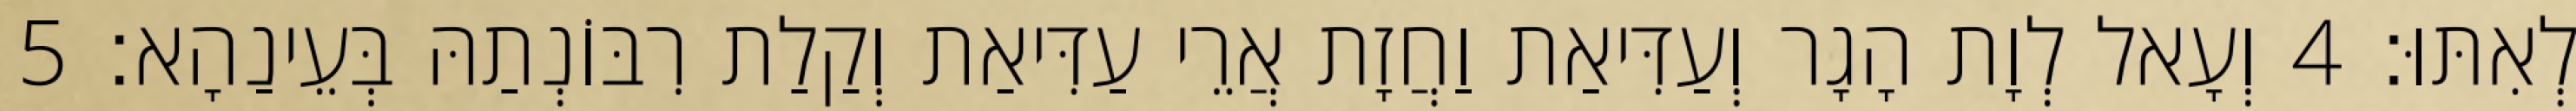
לְאִתּוּ׃ 4 וְעָאל לְוָת הָגָר וְעַדִּיאַת וַחֲזָת אֲרֵי עַדִּיאַת וְקַלַת רִבּוֹנְתַהּ בְּעֵינַהָא׃ 5